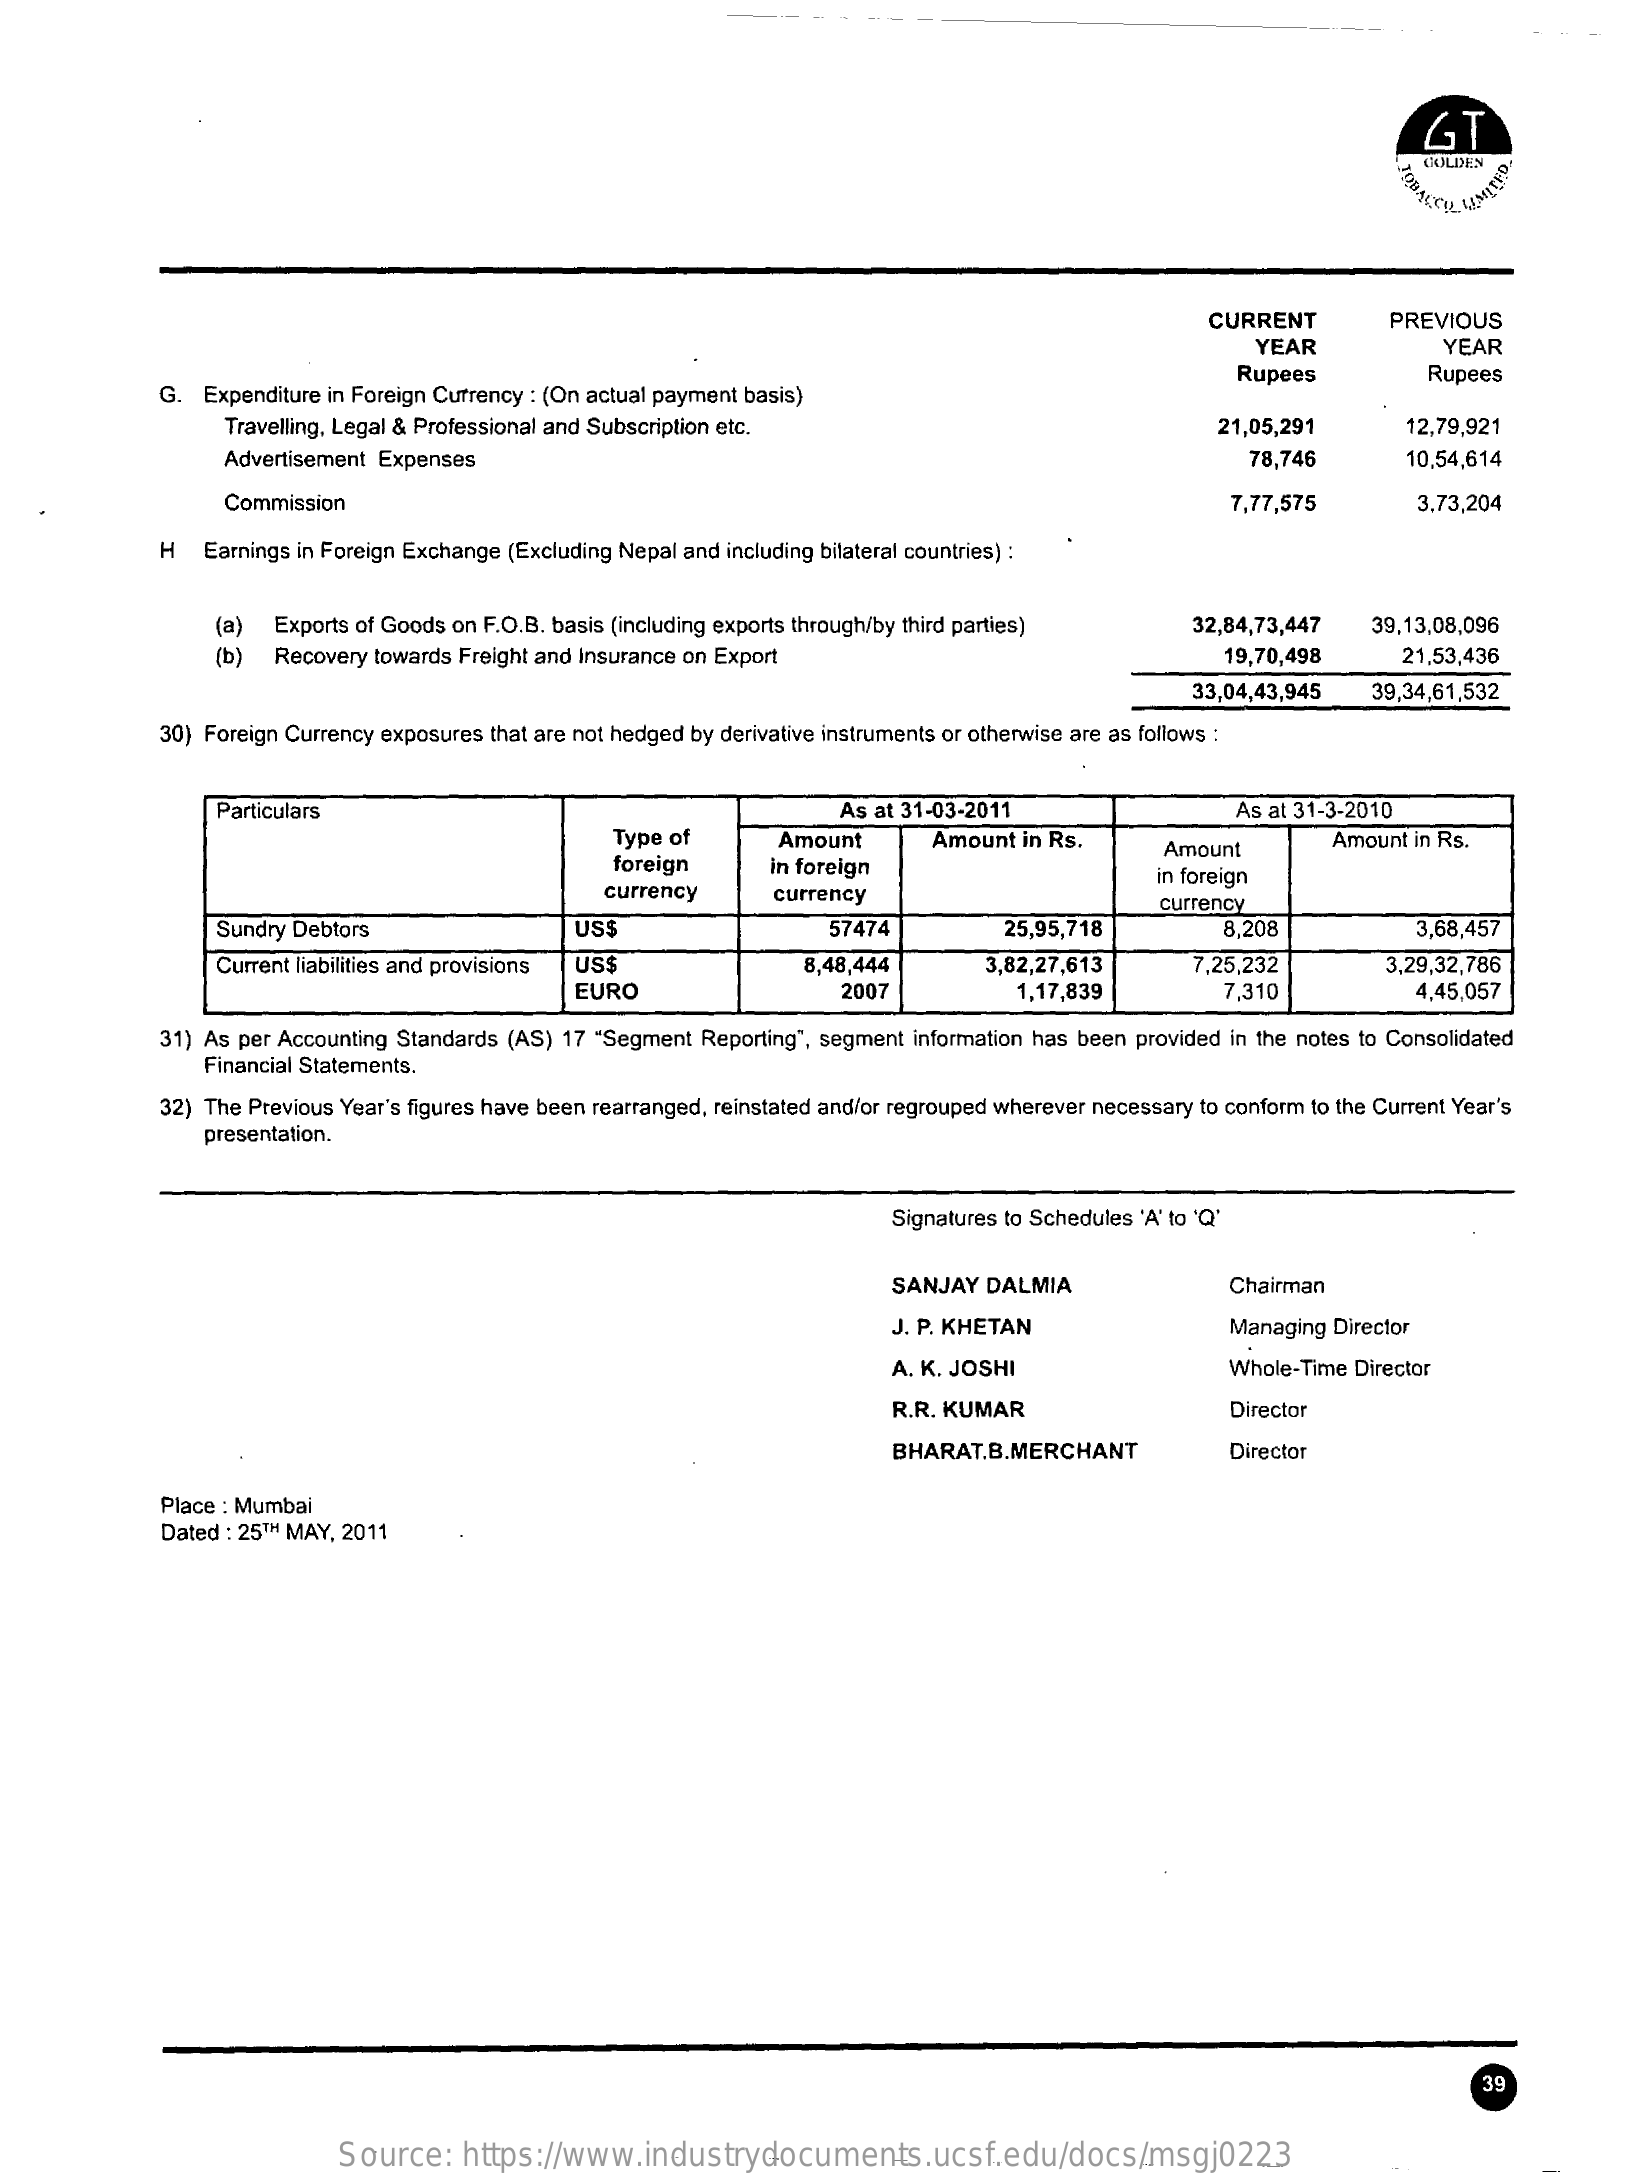
GT
     HOLDEN
     CURRENT    PREVIOUS
     YEAR    YEAR
     G. Expenditure in Foreign Currency : (On actual payment basis)
     Rupees    Rupees
     Travelling, Legal & Professional and Subscription etc.    21,05,291    12,79,921
     Advertisement Expenses    78,746    10.54,614
     Commission    7,77,575    3.73,204
     H  Earnings in Foreign Exchange (Excluding Nepal and including bilateral countries) :
     (a) Exports of Goods on F.O.B. basis (including exports through/by third parties)  32,84,73,447   39,13,08,096
     (b) Recovery towards Freight and Insurance on Export    19,70,498    21,53,436
     33,04,43,945    39,34,61,532
     30} Foreign Currency exposures that are not hedged by derivative instruments or otherwise are as follows :
     Particulars    As at 31-03-2011    As at 31-3-2010
     Type of
     foreign
     Amount    Amount  in Rs.    Amount in Rs.
     in foreign
     Amount
     currency    currency
     in foreign
     currency
     Sundry Debtors    US$    57474    25,95,718    8,208    3,68,457
     Current liabilities and provisions US$
     EURO
     8,48,444    3,82,27,613    7,25,232    3,29,32,786
     2007    1,17,839    7,310    4,45,057
     31) As per Accounting Standards (AS) 17 "Segment Reporting", segment information has been provided in the notes to Consolidated
     Financial Statements.
     32) The Previous Year's figures have been rearranged, reinstated and/or regrouped wherever necessary to conform to the Current Year's
     presentation.
     Signatures to Schedules 'A' to 'Q"
     SANJAY  DALMIA    Chairman
     J. P. KHETAN    Managing Director
     A. K. JOSHI    Whole-Time Director
     R.R. KUMAR    Director
     BHARAT.B.MERCHANT    Director
     Place : Mumbai
     Dated : 25TH MAY, 2011
     39
     Source:    https://www.industrydocuments.ucsf.edu/docs/msgj0223